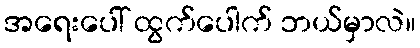
အရေးပေါ် ထွက်ပေါက် ဘယ်မှာလဲ။